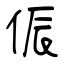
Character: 侲